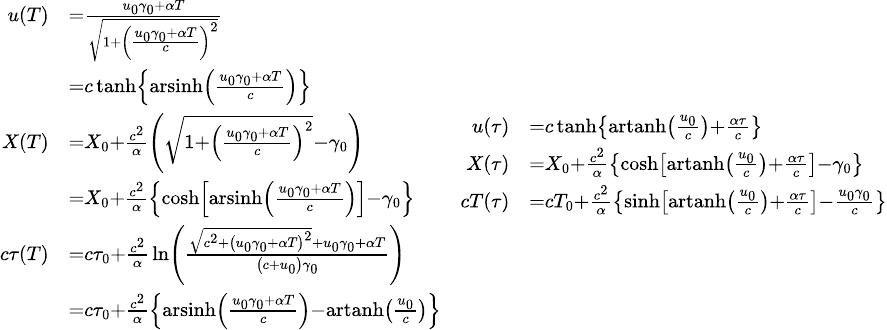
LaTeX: {\scriptstyle{\begin{array}{cc}{{\begin{array}{rl}{u(T)}&{={\frac{u_{0}\gamma_{0}+\alpha T}{\sqrt{1+\left({\frac{u_{0}\gamma_{0}+\alpha T}{c}}\right)^{2}}}}\quad}\\ &{=c\operatorname{tanh}\left\{ \operatorname{arsinh}\left({\frac{u_{0}\gamma_{0}+\alpha T}{c}}\right)\right\} }\\ {X(T)}&{=X_{0}+{\frac{c^{2}}{\alpha}}\left({\sqrt{1+\left({\frac{u_{0}\gamma_{0}+\alpha T}{c}}\right)^{2}}}-\gamma_{0}\right)}\\ &{=X_{0}+{\frac{c^{2}}{\alpha}}\left\{ \cosh\left[\operatorname{arsinh}\left({\frac{u_{0}\gamma_{0}+\alpha T}{c}}\right)\right]-\gamma_{0}\right\} }\\ {c\tau(T)}&{=c\tau_{0}+{\frac{c^{2}}{\alpha}}\ln\left({\frac{{\sqrt{c^{2}+\left(u_{0}\gamma_{0}+\alpha T\right)^{2}}}+u_{0}\gamma_{0}+\alpha T}{\left(c+u_{0}\right)\gamma_{0}}}\right)}\\ &{=c\tau_{0}+{\frac{c^{2}}{\alpha}}\left\{ \operatorname{arsinh}\left({\frac{u_{0}\gamma_{0}+\alpha T}{c}}\right)-\operatorname{artanh}\left({\frac{u_{0}}{c}}\right)\right\} }\end{array}}}&{{\begin{array}{rl}{u(\tau)}&{=c\operatorname{tanh}\left\{ \operatorname{artanh}\left({\frac{u_{0}}{c}}\right)+{\frac{\alpha\tau}{c}}\right\} }\\ {X(\tau)}&{=X_{0}+{\frac{c^{2}}{\alpha}}\left\{ \cosh\left[\operatorname{artanh}\left({\frac{u_{0}}{c}}\right)+{\frac{\alpha\tau}{c}}\right]-\gamma_{0}\right\} }\\ {cT(\tau)}&{=cT_{0}+{\frac{c^{2}}{\alpha}}\left\{ \sinh\left[\operatorname{artanh}\left({\frac{u_{0}}{c}}\right)+{\frac{\alpha\tau}{c}}\right]-{\frac{u_{0}\gamma_{0}}{c}}\right\} }\end{array}}}\end{array}}}